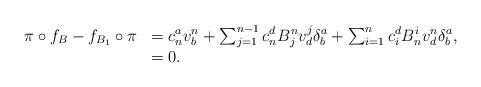
LaTeX: \begin{align*}\begin{array}{ll}\pi \circ f_B - f_{B_1}\circ\pi&=c^a_n v^n_b + \sum_{j=1}^{n-1} c^d_n B^n_j v^j_d \delta^a_b + \sum_{i=1}^{n}c^d_i B^i_n v^n_d \delta^a_b ,\\&=0.\end{array}\end{align*}